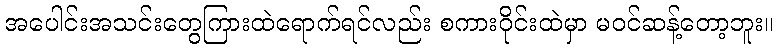
အပေါင်းအသင်းတွေကြားထဲရောက်ရင်လည်း စကားဝိုင်းထဲမှာ မဝင်ဆန့်တော့ဘူး။